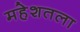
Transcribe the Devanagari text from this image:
महेशतला